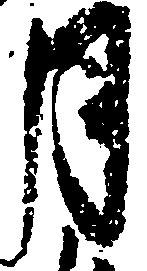
月